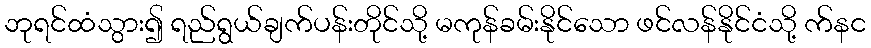
ဘုရင်ထံသွား၍ ရည်ရွယ်ချက်ပန်းတိုင်သို့ မကုန်ခမ်းနိုင်သော ဖင်လန်နိုင်ငံသို့ က်နင